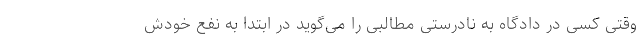
وقتی کسی در دادگاه به نادرستی مطالبی را می‌گوید در ابتدا به نفع خودش